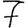
Digit: 7